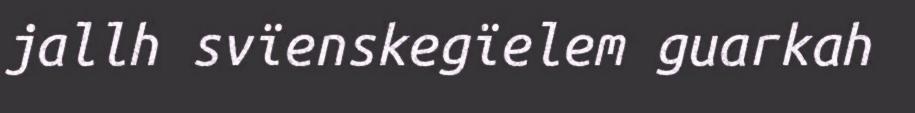
jallh svïenskegïelem guarkah